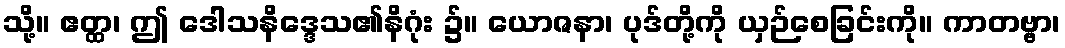
သို့။ ဧတ္ထ၊ ဤ ဒေါသနိဒ္ဒေသ၏နိဂုံး ၌။ ယောဇနာ၊ ပုဒ်တို့ကို ယှဉ်စေခြင်းကို။ ကာတဗ္ဗာ၊